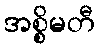
အစ္စိမတီ